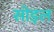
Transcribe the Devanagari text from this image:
सोइल